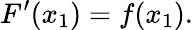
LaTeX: F^{\prime}(x_{1})=f(x_{1}).